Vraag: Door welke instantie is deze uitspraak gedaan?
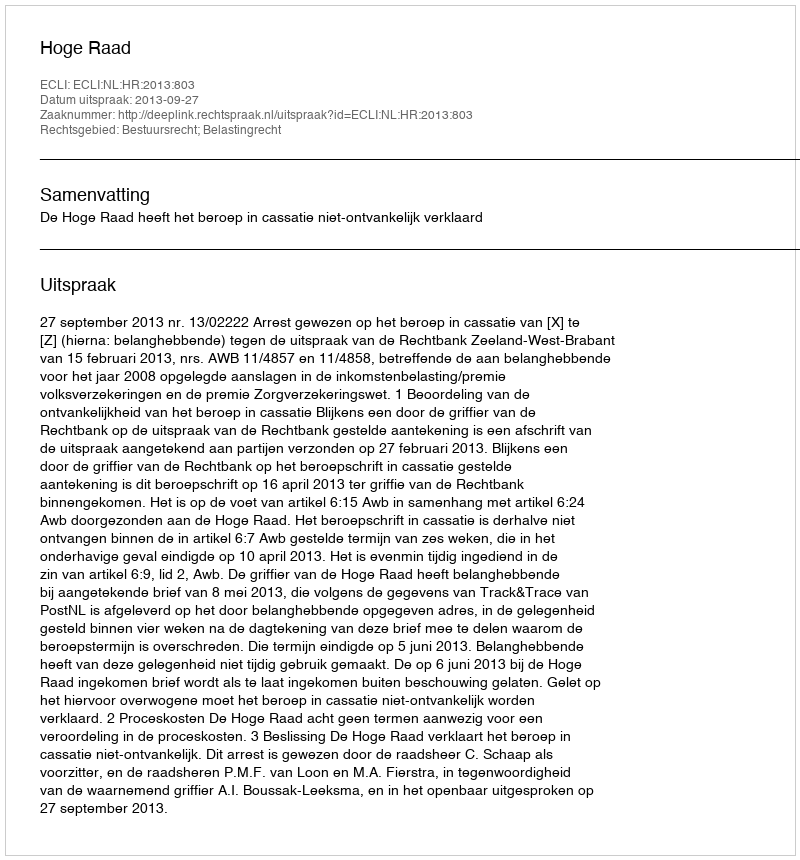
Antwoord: Hoge Raad